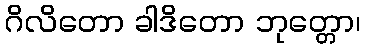
ဂိလိတော ခါဒိတော ဘုတ္တော၊